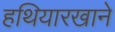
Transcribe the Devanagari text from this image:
हथियारखाने